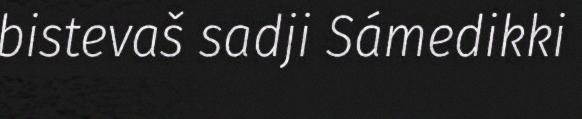
bistevaš sadji Sámedikki